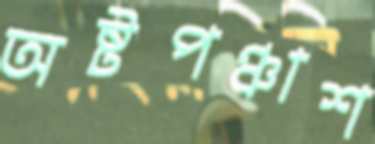
অষ্টপঞ্চাশ